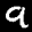
Label: 9